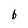
Character: b